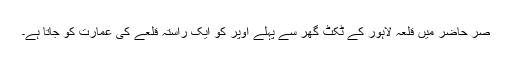
صر حاضر میں قلعہ لاہور کے ٹکٹ گھر سے پہلے اوپر کو ایک راستہ قلعے کی عمارت کو جاتا ہے۔